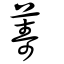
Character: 薵